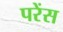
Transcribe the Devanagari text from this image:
परेंस